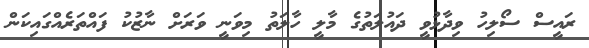
ރައީސް ސޯލިހު ވިދާޅުވީ ދައުލަތުގެ މާލީ ހާލަތު މިވަނީ ވަރަށް ނާޒުކު ފައްތަރެއްގައިކަން